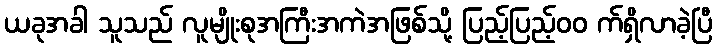
ယခုအခါ သူသည် လူမျိုးစုအကြီးအကဲအဖြစ်သို့ ပြည့်ပြည့်၀၀ က်ရှိလာခဲ့ပြီ